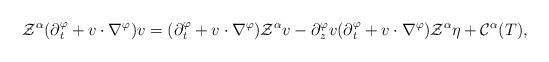
LaTeX: \begin{align*} \mathcal{Z}^\alpha(\partial{_t^\varphi}+v\cdot\nabla^\varphi)v=(\partial{_t^\varphi}+v\cdot\nabla^\varphi)\mathcal{Z}^\alpha v-\partial{_z^\varphi}v(\partial{_t^\varphi}+v\cdot\nabla^\varphi)\mathcal{Z}^\alpha\eta+\mathcal{C}^\alpha(T),\end{align*}